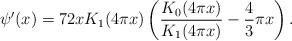
LaTeX: \begin{align*} \psi'(x) = 72 x K_{1}(4 \pi x) \left(\frac{K_{0}(4 \pi x)}{K_{1}(4 \pi x)} - \frac{4}{3} \pi x\right).\end{align*}